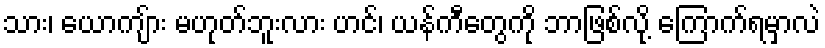
သား၊ ယောကျ်ား မဟုတ်ဘူးလား ဟင်၊ ယန်ကီတွေကို ဘာဖြစ်လို့ ကြောက်ရမှာလဲ